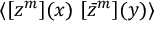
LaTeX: \langle \left[ { z } ^ { m } \right] \! ( x ) \, \left[ { \bar { z } } ^ { m } \right] \! ( y ) \rangle